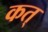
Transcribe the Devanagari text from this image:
कत्